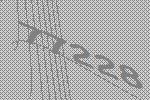
77228